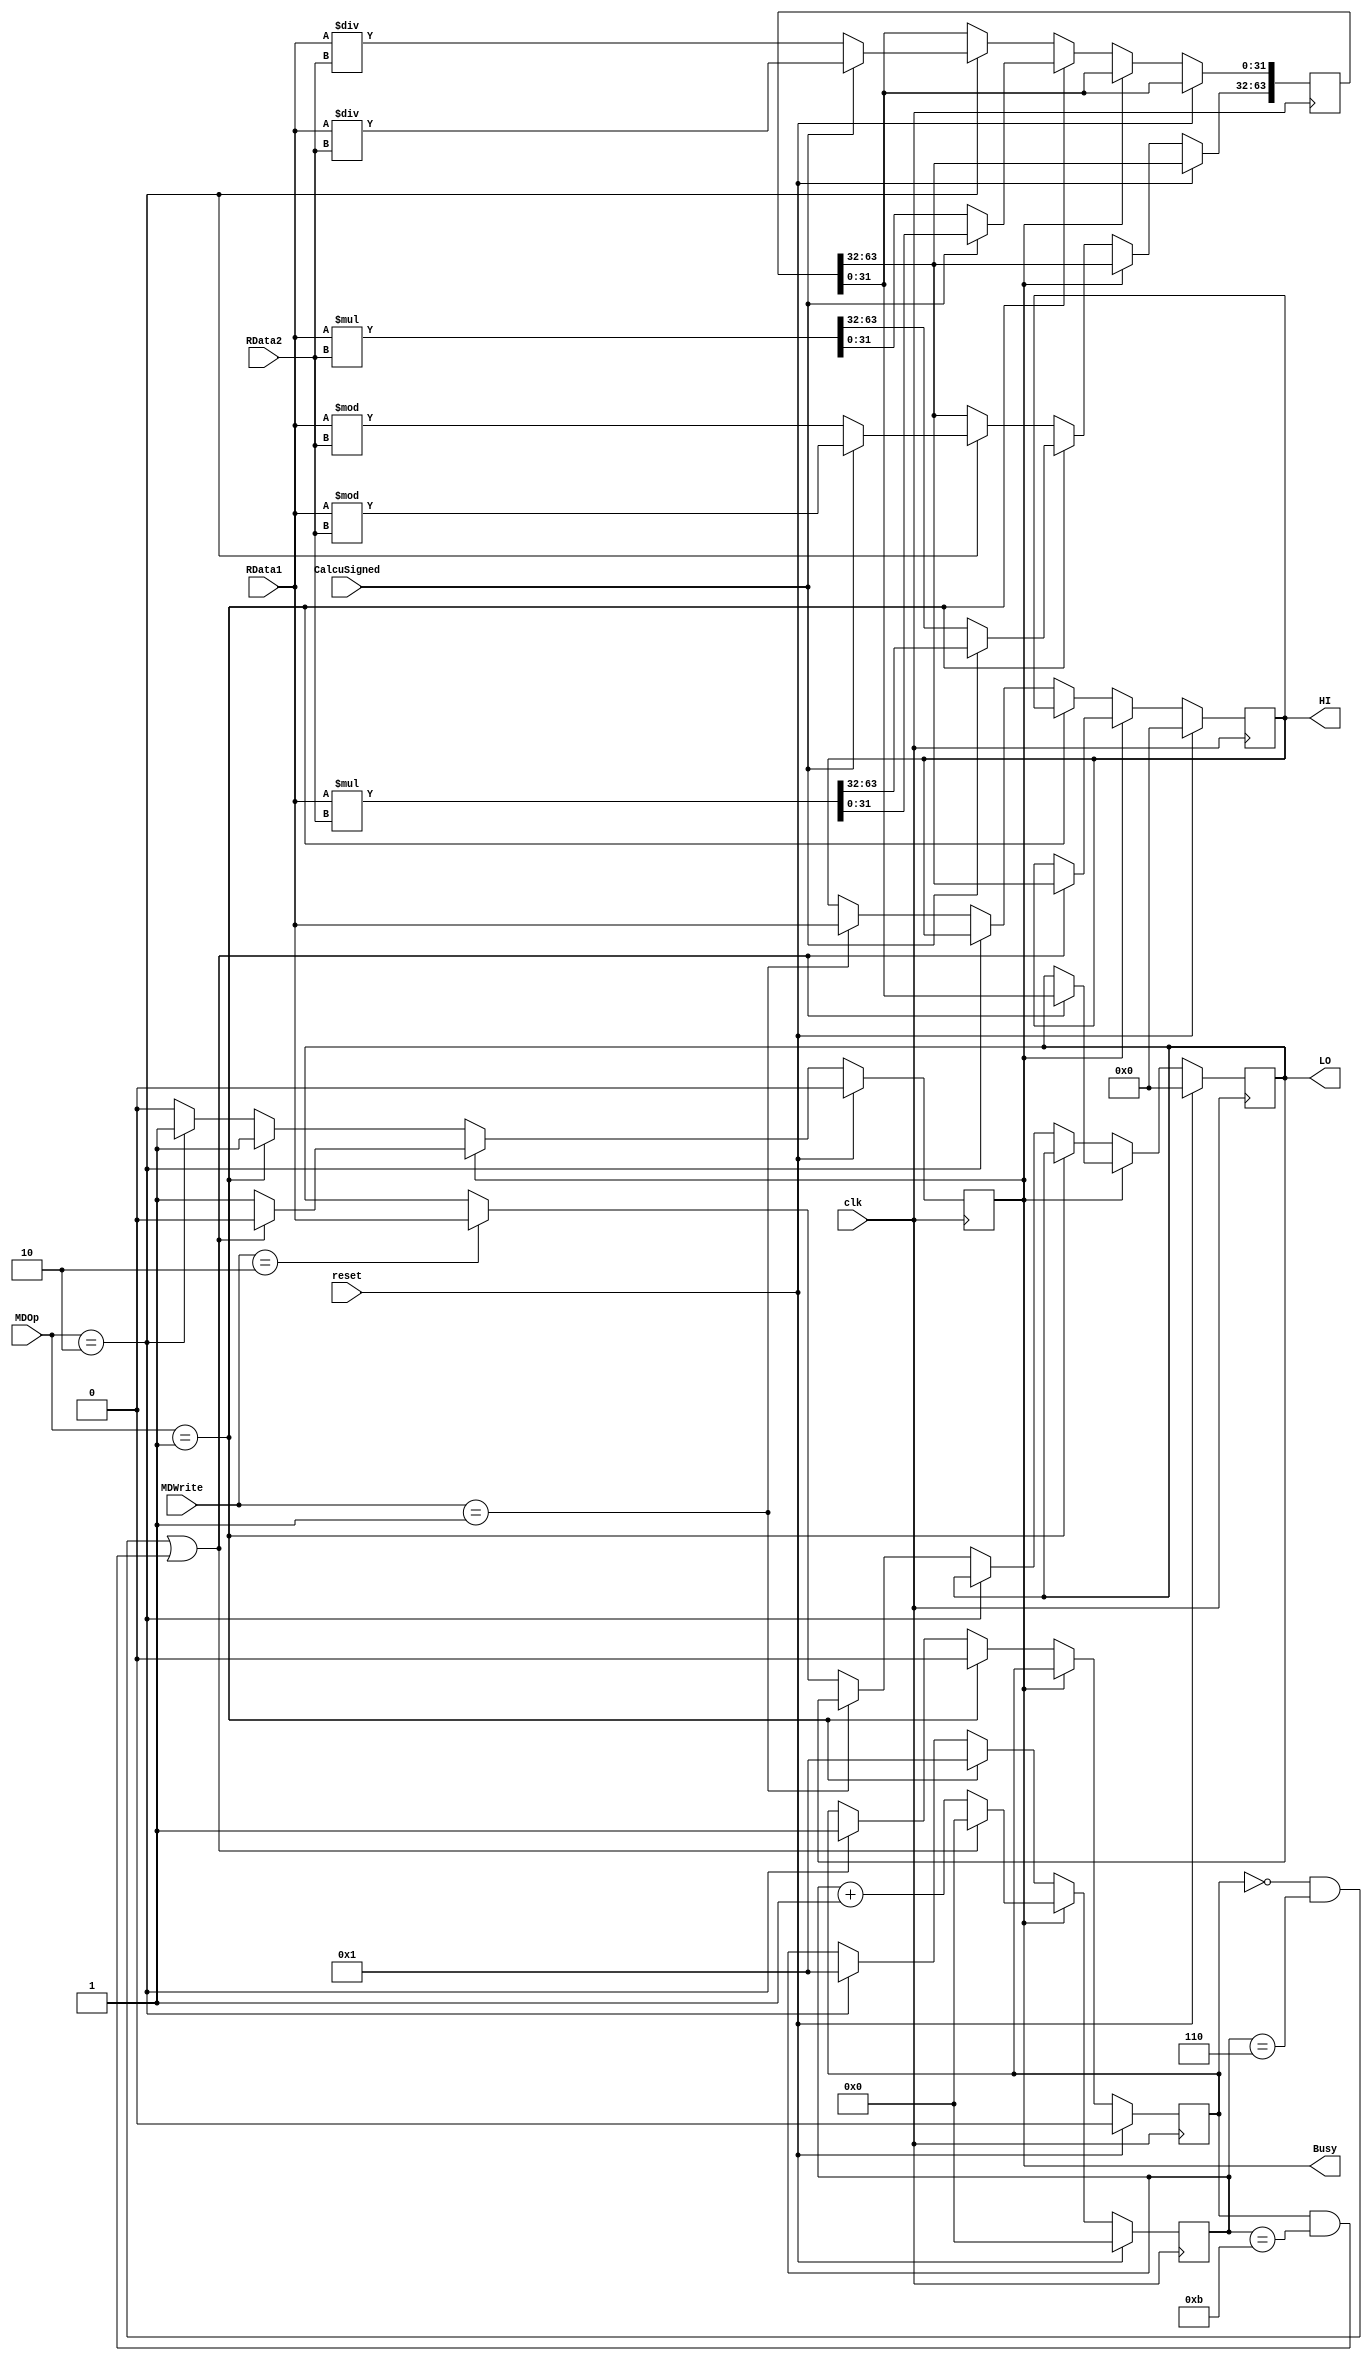
module MD(
	input wire [31:0] RData1,
	input wire [31:0] RData2,
	input wire [1:0] MDOp,
	input wire [1:0] MDWrite,
	input wire CalcuSigned,
	input wire clk,
	input wire reset,
	output reg Busy,
	output reg [31:0] HI,
	output reg [31:0] LO
    );
	reg [3:0] count;
	reg calcuType;
	reg [63:0] result;
	
	initial begin
		Busy = 1'b0;
		HI = 0;
		LO = 0;
		count = 4'h0;
		calcuType = 1'b0;
	end
	
	always @(posedge clk) begin
		if(reset == 1) begin
			Busy <= 1'b0;
			HI <= 0;
			LO <= 0;
			count <= 4'h0;
			calcuType <= 1'b0;
		end
		else begin
			if(Busy == 1) begin
				if(~calcuType & count == 4'h6 | calcuType & count == 4'hb) begin
					HI <= result[63:32];
					LO <= result[31:0];
					count <= 0;
					Busy <= 0;
				end
				else begin
					count <= count + 1;
					Busy <= 1;
				end
			end
			else if(MDOp == 2'b01) begin
				if(CalcuSigned) begin
					result <= $signed(RData1) * $signed(RData2);
				end
				else begin
					result <= RData1 * RData2;
				end
				calcuType <= 0;
				count <= 1;
				Busy <= 1;
			end
			else if(MDOp == 2'b10) begin
				// resultǰ32λ32λ
				if(CalcuSigned) begin
					result[63:32] <= $signed(RData1) % $signed(RData2);
					result[31:0] <= $signed(RData1) / $signed(RData2);
				end
				else begin
					result[63:32] <= RData1 % RData2;
					result[31:0] <= RData1 / RData2;
				end
				calcuType <= 1;
				count <= 1;
				Busy <= 1;
			end
			else if(MDWrite == 2'b01) begin
				HI <= RData1;
			end
			else if(MDWrite == 2'b10) begin
				LO <= RData1;
			end
			else begin
				//Do nothing.
				Busy <= 0;
			end
		end
	end
	


endmodule